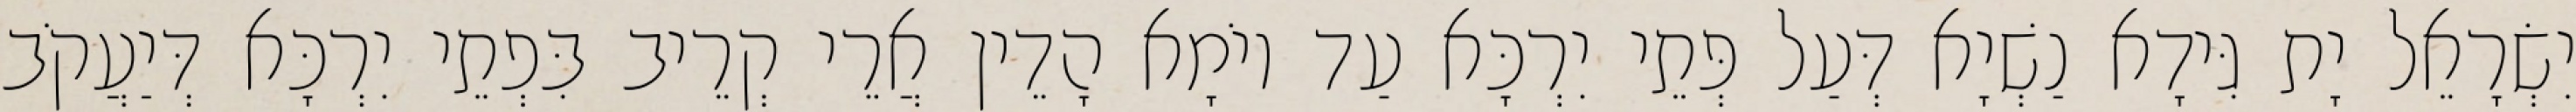
יִשְׂרָאֵל יָת גִּידָא נַשְׁיָא דְּעַל פְּתֵי יִרְכָּא עַד יוֹמָא הָדֵין אֲרֵי קְרֵיב בִּפְתֵי יִרְכָּא דְּיַעֲקֹב